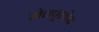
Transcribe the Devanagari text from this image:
सोलपूरचेच